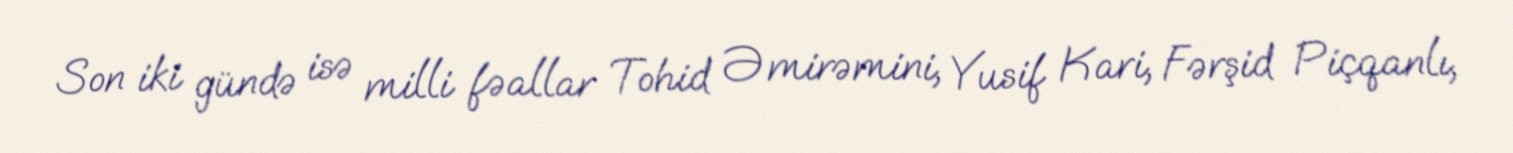
Son iki gündə isə milli fəallar Tohid Əmirəmini, Yusif Kari, Fərşid Piçqanlı,